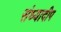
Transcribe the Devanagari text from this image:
संध्यादीप